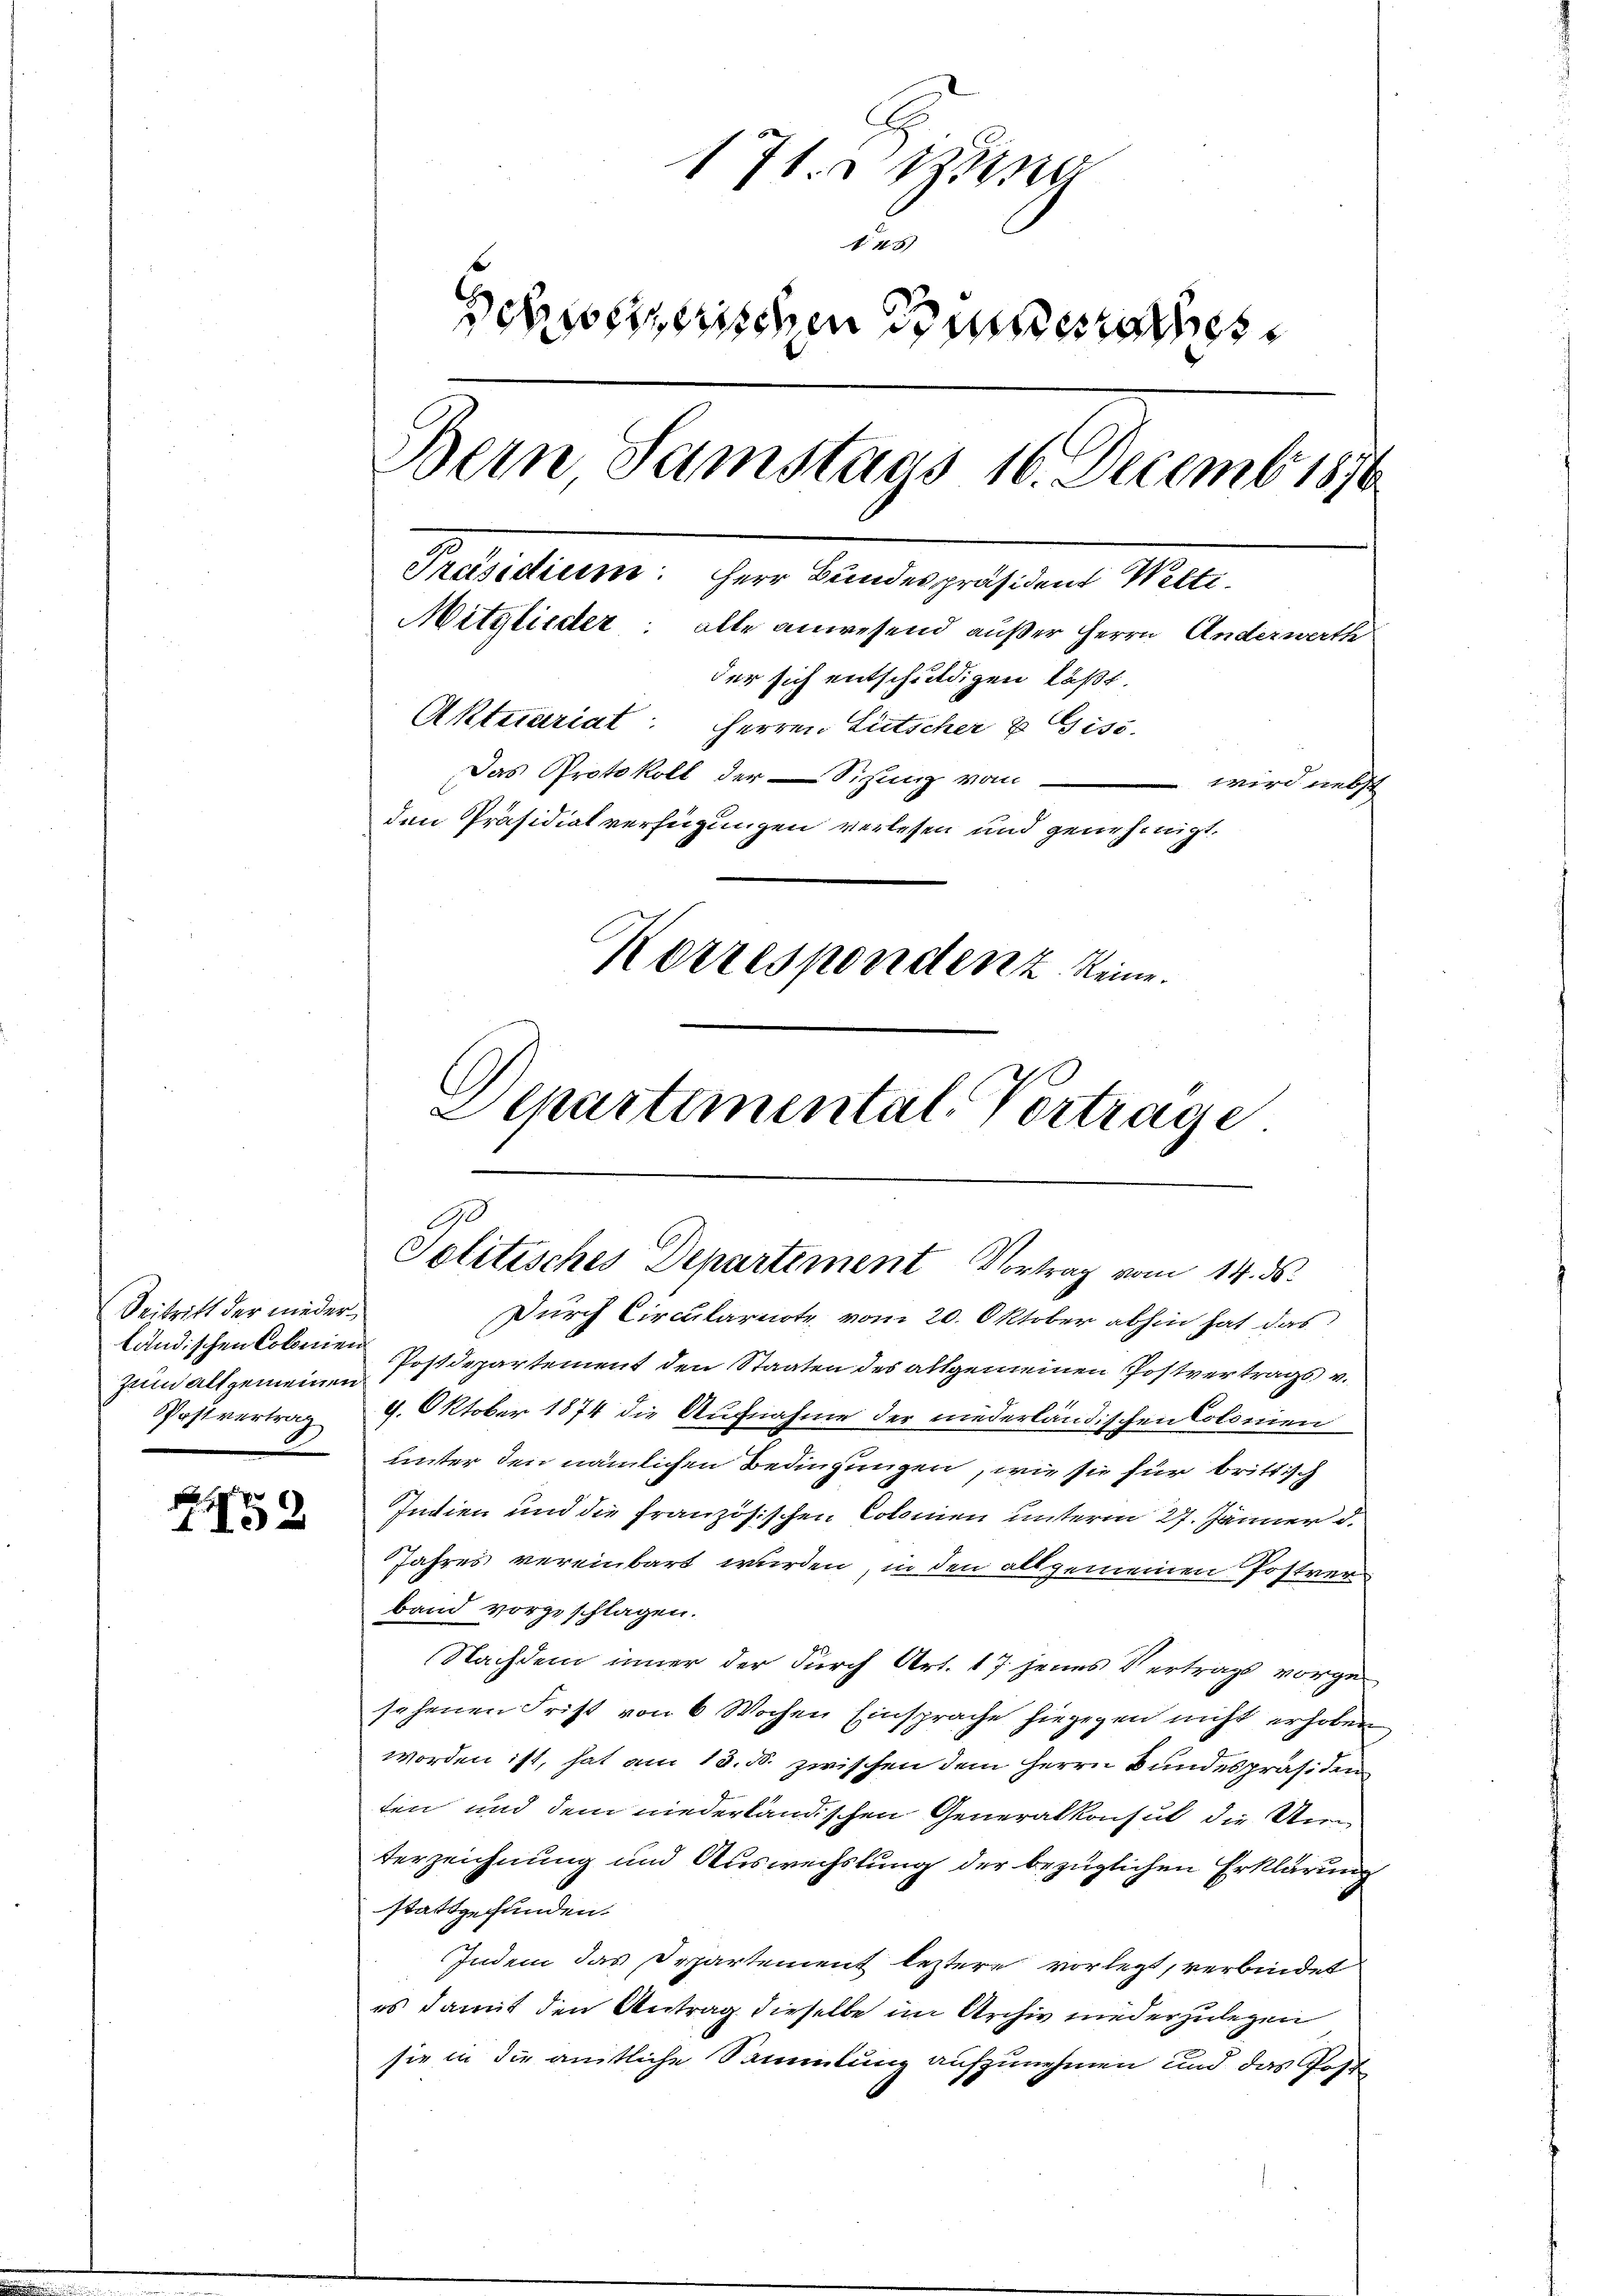
Beitritt der nieder
zum allgemeinen
Postvertrag

459

171. un
un
Schweizerischen Bundesrathes
Bein Samstags 16. Decemb. 1876
Præsidium
Mitglieder: alle anwesend außer Herrn Anderwerthe
der sich entschuldigen läßt.
Aktuariat: Herren Lütscher u Gisi,
Das Protokoll der Sitzung vom
wird nebst
den Präsidiat verfügungen verlesen und genehmigt.
Korrespondenz keine
Sckartemental-Vortrage

Durch Circularnote vom 20. Oktober abhin hat das
ländischen Cobenen Postdepartement den Staaten des allgemeinen Postvertrags v.
9. Oktober 1874 die Aufnahme der niederländischen Colonien
unter den nämlichen Bedingungen, wie sie für brittisch
Indien und die französischen Colomen unterm 27. Jänner d.
Jahres vereinbart wurden, in den allgemeinen Postverband vorgeschlagen.
Nachdem inner der durch Art. 17 jenes Vertrags vorgesehenen Frist von 6 Wochen Einsprache hiegegen nicht erhoben
worden ist, hat am 13. ds. zwischen dem Herrn Bundespräsiden
ten und dem niederländischen Generalkonsul die Unterzeichnung und Auswechslung der bezüglichen Erklärung
stattgefunden.
Indem das Departement leztere vorletzt, verbindet
es damit den Antrag dieselbe im Archiv niederzulegen
sie in die amtliche Sammlung aufzunehmen und das Post

190
Solitisches Departement Vortrag vom 14. ds.